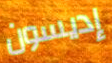
إديسون